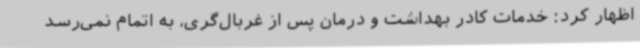
اظهار کرد: خدمات کادر بهداشت و درمان پس از غربال‌گری، به اتمام نمی‌رسد